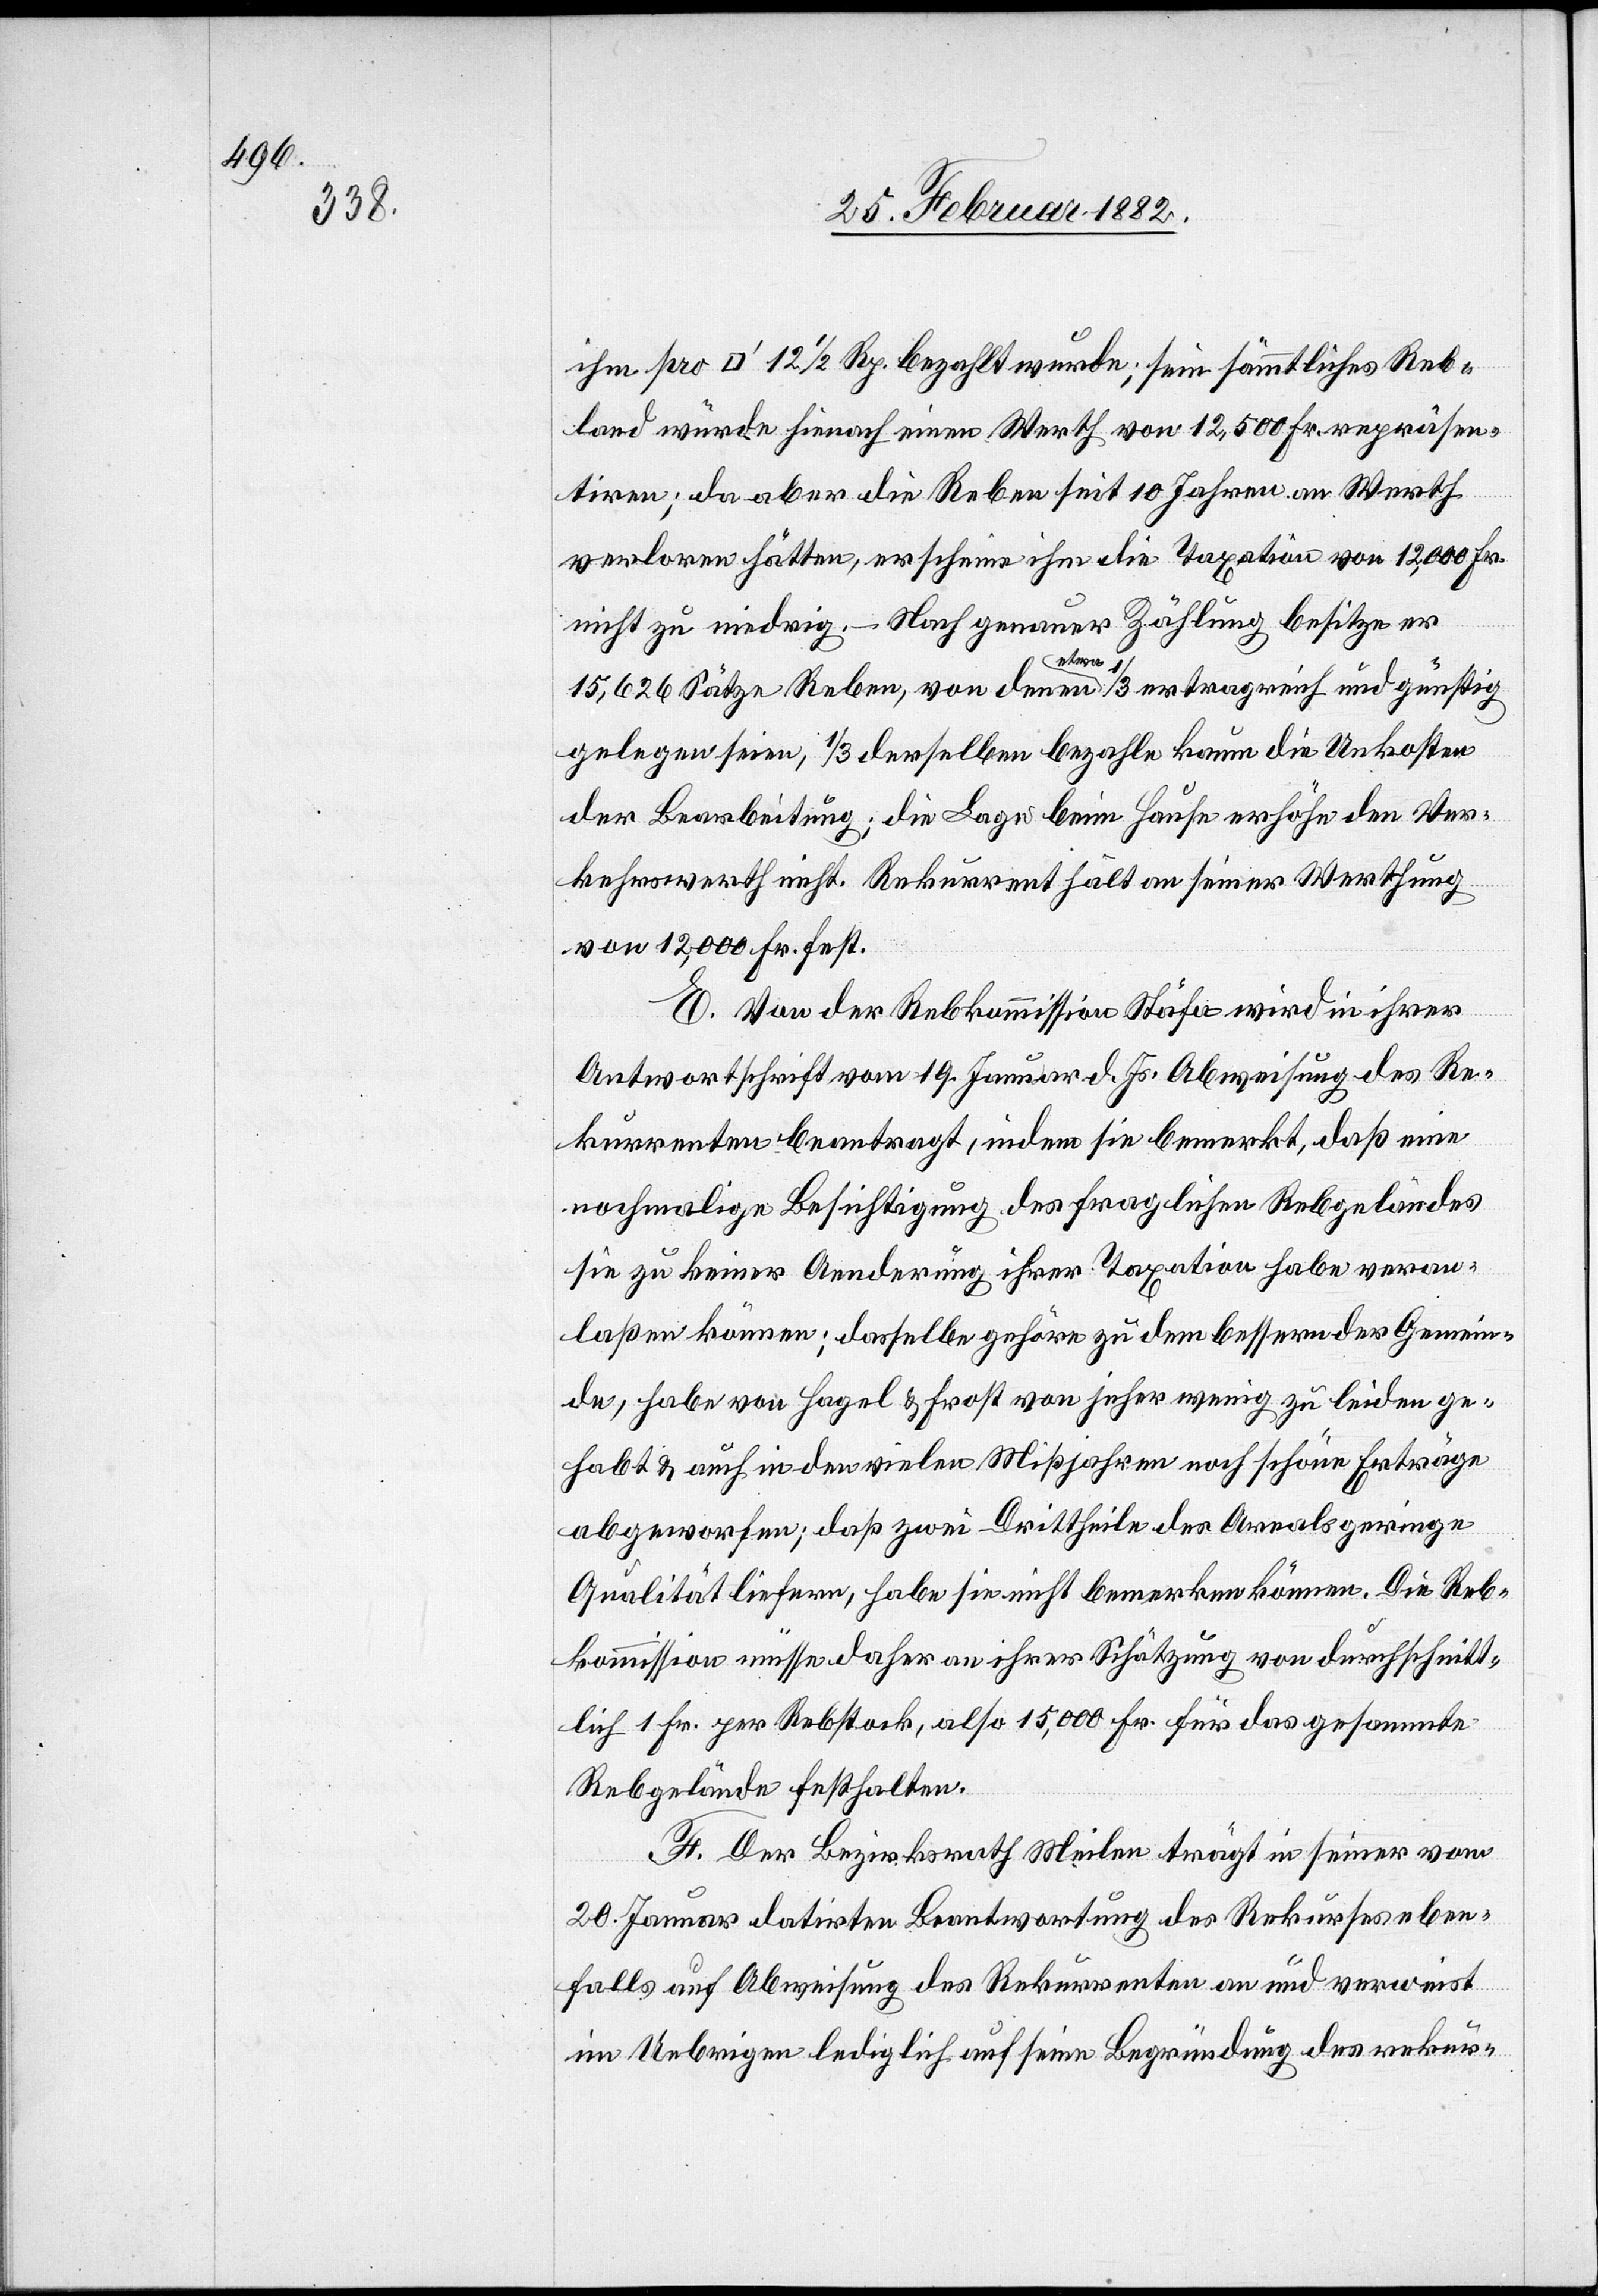
Reb¬

land würde hienach einen Werth von 12,500 Fr. repräsen¬
tieren; da aber die Reben seit 10 Jahren an Werth
verloren hätten, erscheine ihm die Taxation von 12,000 Fr,
nicht zu niedrig. – Nach genauer Zählung besitze er
15,626 Sätze Reben, von denen etwa 1/3 ertragreich und günstig
gelegen seinen, 1/3 derselben bezahle[n] kaum die Unkosten
der Bearbeitung; die Lage beim Hause erhöhe den Ver¬
kehrswerth nicht. Rekurrent hält an seiner Werthung
von 12,000 Fr. fest.
E. Von der Rebkommission Stäfa wird in ihrer
Antwortschrift vom 19. Januar d. Js. Abweisung des Re¬
kurrenten beantragt, indem sie bemerkt, daß eine
nochmalige Besichtigung des fraglichen Rebgeländes
sie zu keiner Aenderung ihrer Taxation habe veran¬
laßen können; dasselbe gehöre zu dem bessern der Gemein¬
de, habe vom Hagel & Frost von jeher wenig zu leiden ge¬
habt & auch in den vielen Mißjahren noch schöne Erträge
abgeworfen; daß zwei Drittheile des Areals geringe
Qualität liefern, habe sie nicht bemerken können, Die Reb¬
kommission müsse daher an ihrer Schätzung von durchschnitt¬
lich 1. Fr. per Rebstock, also 15,000 Fr. für das gesammte
Rebgelände festhalten.
F. Der Bezirksrath Meilen trägt in seiner vom
20. Januar datirten Beantwortung des Rekurses eben¬
falls auf Abweisung des Rekurrenten an und verweist
im Ueberigen lediglich auf seine Begründung des rekur-